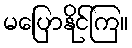
မပြောနိုင်ကြ။